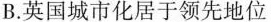
B.英国城市化居于领先地位